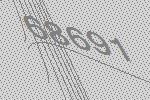
68691